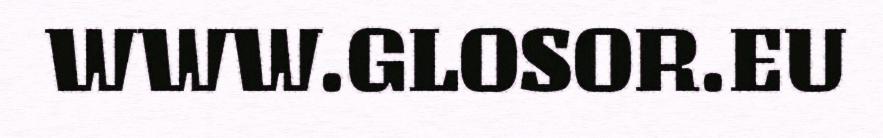
WWW.GLOSOR.EU